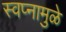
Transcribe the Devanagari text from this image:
स्वप्नामुळे